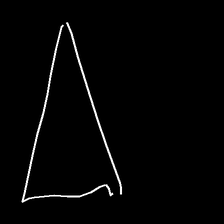
Glyph: convergence